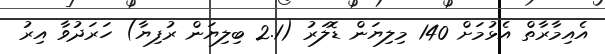
އެއިމާރާތް އެޅުމަށް 140 މިލިޔަން ޑޮލަރު (2.1 ބިލިޔަން ރުފިޔާ) ހަރަދުވާ އިރު